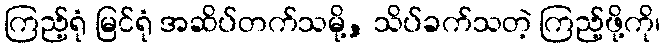
ကြည့်ရုံ မြင်ရုံ အဆိပ်တက်သမို့, သိပ်ခက်သတဲ့ ကြည့်ဖို့ကို၊